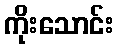
ကိုးသောင်း